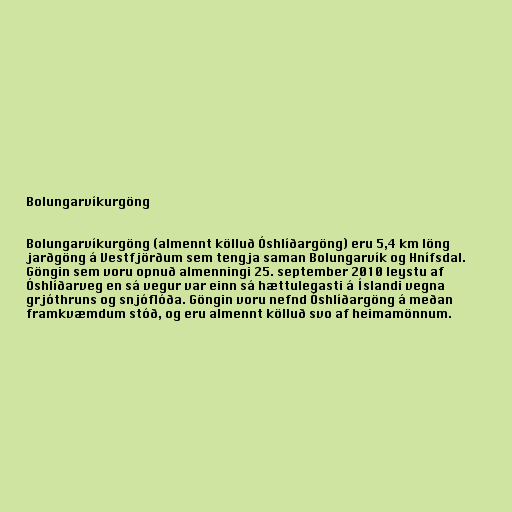
Bolungarvíkurgöng

Bolungarvíkurgöng (almennt kölluð Óshlíðargöng) eru 5,4 km löng
jarðgöng á Vestfjörðum sem tengja saman Bolungarvík og Hnífsdal.
Göngin sem voru opnuð almenningi 25. september 2010 leystu af
Óshlíðarveg en sá vegur var einn sá hættulegasti á Íslandi vegna
grjóthruns og snjóflóða. Göngin voru nefnd Óshlíðargöng á meðan
framkvæmdum stóð, og eru almennt kölluð svo af heimamönnum.